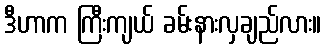
ဒီဟာက ကြီးကျယ် ခမ်းနားလှချည်လား။